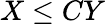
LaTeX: X\le CY